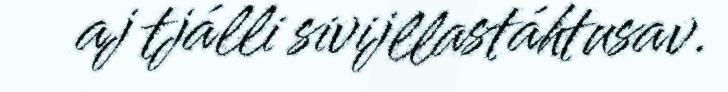
aj tjálli sivijllastáhtusav.